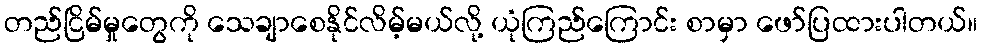
တည်ငြိမ်မှုတွေကို သေချာစေနိုင်လိမ့်မယ်လို့ ယုံကြည်ကြောင်း စာမှာ ဖော်ပြထားပါတယ်။